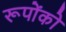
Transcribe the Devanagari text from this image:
रूपोंको